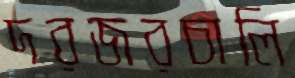
দরজরচালি